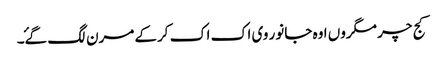
کج چر مگروں اوہ جانور وی اک اک کرکے مرن لگ گۓ۔